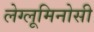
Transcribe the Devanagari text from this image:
लेग्लूमिनोसी